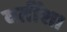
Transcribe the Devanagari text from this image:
वर्तीश।